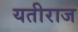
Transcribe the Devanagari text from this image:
यतीराज